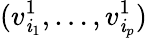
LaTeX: (v_{\mathit{i}_{1}}^{1},\ldots,v_{\mathit{i}_{p}}^{1})